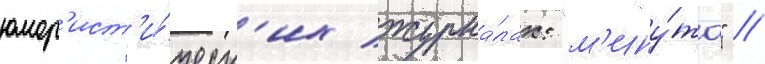
юмор'ист'и́ческ'их журна́лах: "м'ину́та" /